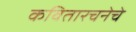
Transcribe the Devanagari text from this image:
कवितारचनेचे